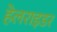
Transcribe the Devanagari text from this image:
हेलराइडर